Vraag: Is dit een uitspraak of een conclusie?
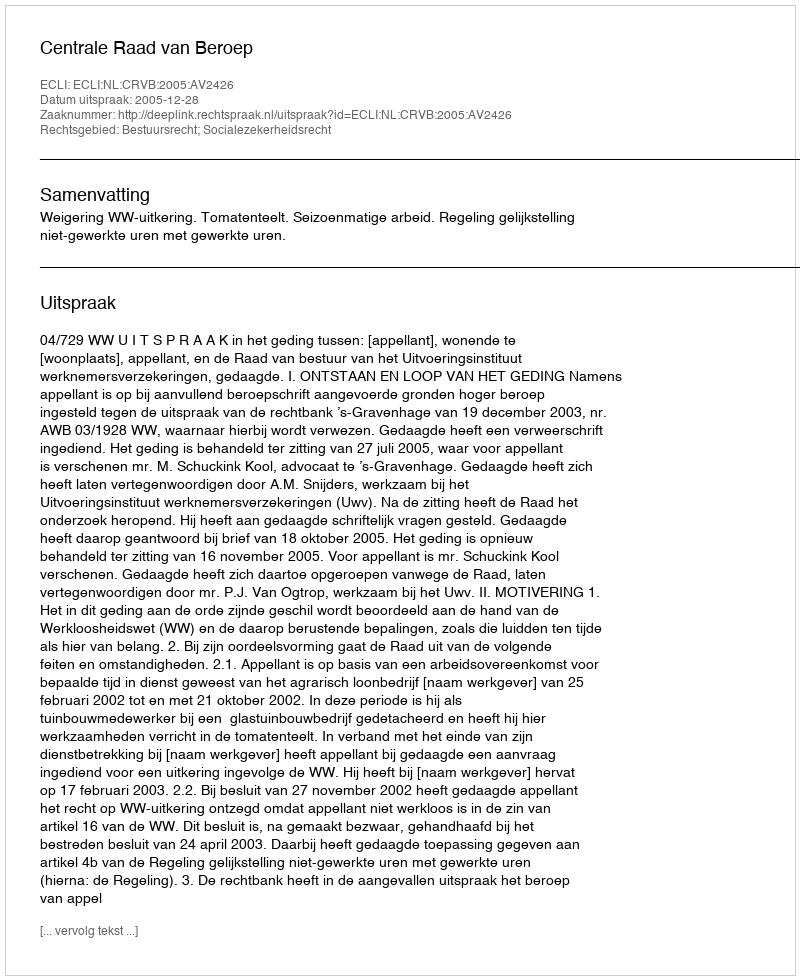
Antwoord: Uitspraak